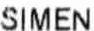
SIMEN